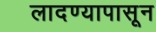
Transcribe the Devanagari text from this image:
लादण्यापासून